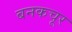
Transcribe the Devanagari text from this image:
बनकचूर